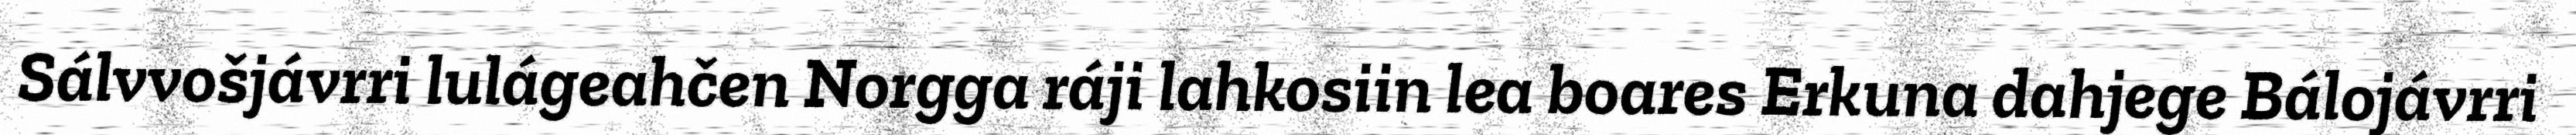
Sálvvošjávrri lulágeahčen Norgga ráji lahkosiin lea boares Erkuna dahjege Bálojávrri